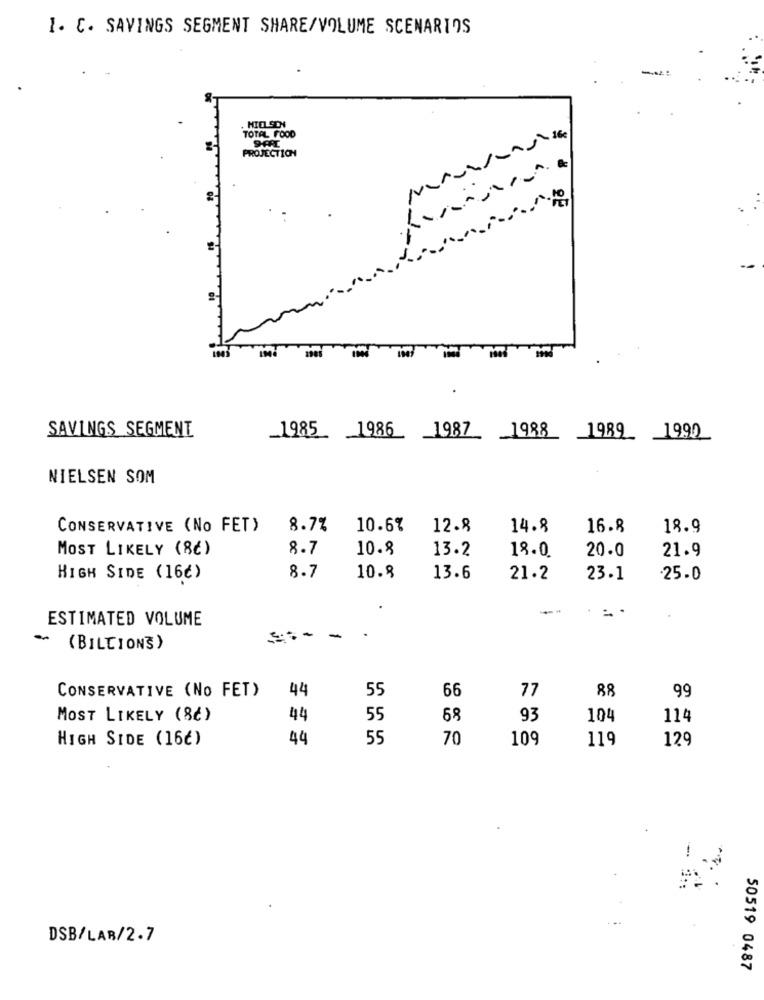
I. C. SAVINGS SEGMENT SHARE/VOLUME SCENARIOS
HID SON
TOTAL FOOD
PROJECTION
SAVINGS SEGMENT
_1985 1986 1987_ _ 1988 1989 1990
NIELSEN SOM
CONSERVATIVE (No FET)
8.7%
10.6%
12.8
14.8
16.8
18.9
MOST LIKELY (86)
8.7
10.8
13.2
20.0
21.9
18.0
HIGH SIDE (16€)
8.7
10.8
13.6
21.2
23.1
.25.0
ESTIMATED VOLUME
-
-
(BILLIONS )
CONSERVATIVE (No FET)
44
55
66
77
88
99
MOST LIKELY (8€)
44
55
68
93
104
114
HIGH SIDE (16€)
44
55
70
109
119
129
DSB/LAR/2.7
50519 0487